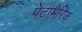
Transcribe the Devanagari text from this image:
पेंटामेरिक